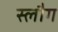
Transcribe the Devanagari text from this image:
स्लौग